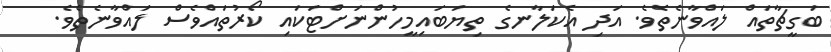
ބަގީޗާތައް ލައްވާނެތެވެ. އަދި އެކަލާނގެ ތިޔަބައިމީހުންނަށްޓަކައި ކޯރުތައްވެސް ލައްވާނެތެވެ.